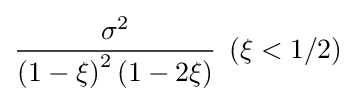
{\frac {\sigma ^{2}}{\left(1-\xi \right)^{2}(1-2\xi )}}\,\;(\xi <1/2)